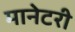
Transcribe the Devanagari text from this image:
मानेटरी